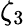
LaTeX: \zeta_{3}